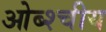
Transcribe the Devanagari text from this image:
ओब्श्चीय